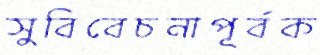
সুবিবেচনাপূর্বক